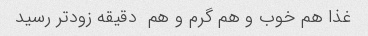
غذا هم خوب و هم گرم و هم  دقیقه زودتر رسید